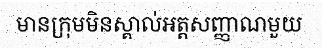
មានក្រុមមិនស្គាល់អត្តសញ្ញាណមួយ